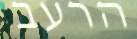
הרעב